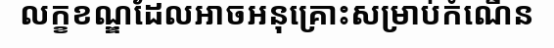
លក្ខខណ្ឌដែលអាចអនុគ្រោះសម្រាប់កំណើន